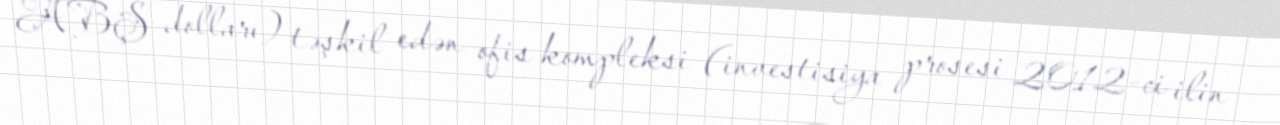
ABŞ dolları) təşkil edən ofis kompleksi (investisiya prosesi 2012-ci ilin